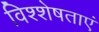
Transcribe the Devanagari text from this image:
विश्शेषताएं